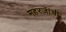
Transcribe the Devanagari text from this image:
महरजांची